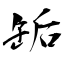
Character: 缿